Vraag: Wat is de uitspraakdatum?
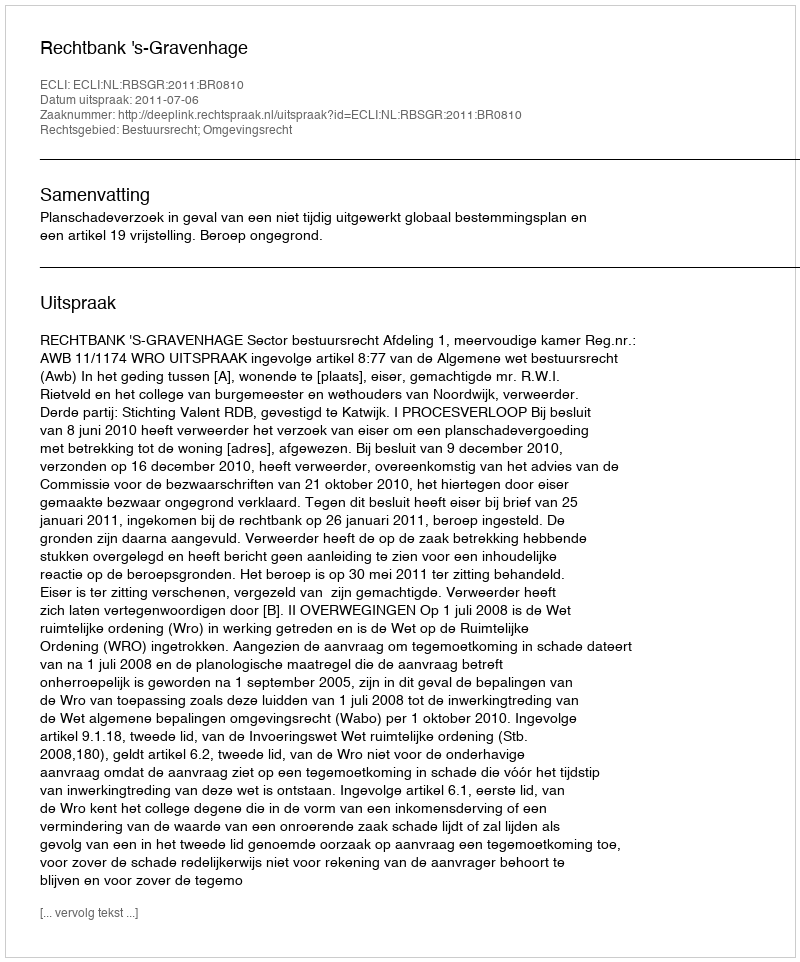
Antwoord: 2011-07-06